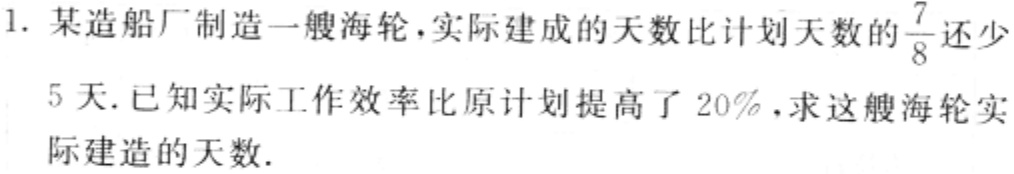
1. 某造船厂制造一艘海轮，实际建成的天数比计划天数的$\frac{7}{8}$还少

5天.已知实际工作效率比原计划提高了20%，求这艘海轮实

际建造的天数.